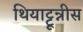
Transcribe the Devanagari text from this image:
थियाट्टून्नीस